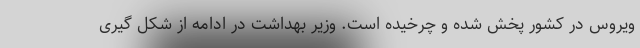
ویروس در کشور پخش شده و چرخیده است. وزیر بهداشت در ادامه از شکل گیری